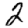
Digit: 2